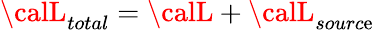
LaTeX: {\calL}_{total}={\calL}+{\calL}_{sourc\mathrm{e}}